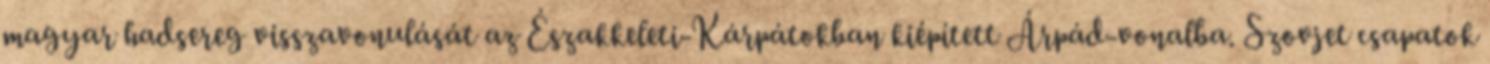
magyar hadsereg visszavonulását az Északkeleti-Kárpátokban kiépített Árpád-vonalba. Szovjet csapatok